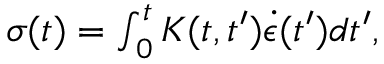
\begin{array} { r } { \sigma ( t ) = \int _ { 0 } ^ { t } K ( t , t ^ { \prime } ) \dot { { \epsilon } } ( t ^ { \prime } ) d t ^ { \prime } , } \end{array}